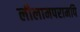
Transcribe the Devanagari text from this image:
लीलामपरामपि